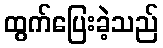
ထွက်ပြေးခဲ့သည်